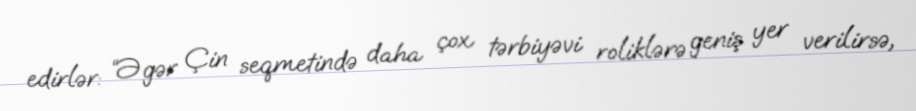
edirlər: “Əgər Çin seqmetində daha çox tərbiyəvi roliklərə geniş yer verilirsə,